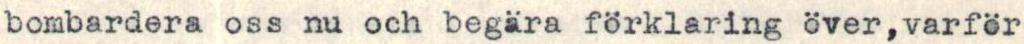
bombardera oss nu och begära förklaring över,varför